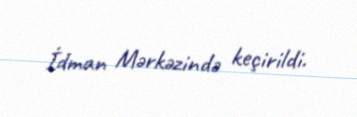
İdman Mərkəzində keçirildi.